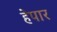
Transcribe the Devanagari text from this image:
हेपार